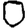
Digit: 0